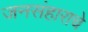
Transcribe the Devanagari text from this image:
जनसंहाराचे